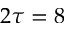
2 \tau = 8